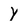
Character: Y